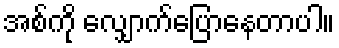
အစ်ကို လျှောက်ပြောနေတာပါ။